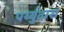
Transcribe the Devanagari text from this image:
पर्य्युदास